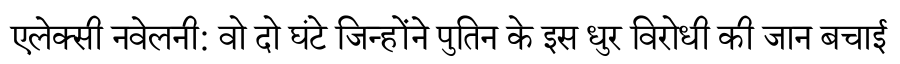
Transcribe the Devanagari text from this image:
एलेक्सी नवेलनी: वो दो घंटे जिन्होंने पुतिन के इस धुर विरोधी की जान बचाई